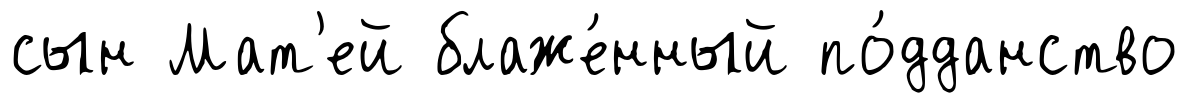
сын Мат'ей блаже́нный по́дданство